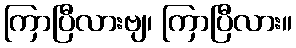
ကြာပြီလားဗျ၊ ကြာပြီလား။